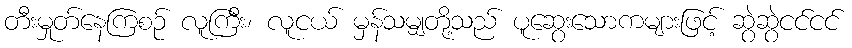
တီးမှုတ်နေကြစဉ် လူကြီး၊ လူငယ် မှန်သမျှတို့သည် ပူဆွေးသောကများဖြင့် ဆွဲဆွဲငင်ငင်